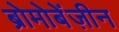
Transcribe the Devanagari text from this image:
ब्रोमोबेंज़ीन